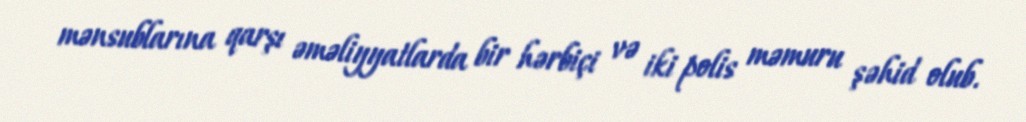
mənsublarına qarşı əməliyyatlarda bir hərbiçi və iki polis məmuru şəhid olub.